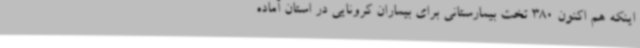
اینکه هم اکنون 380 تخت بیمارستانی برای بیماران کرونایی در استان آماده